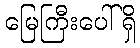
မြေကြီးပေါ်ရှိ